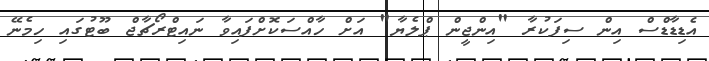
އެޑިޑާޑްސް އިން ސިފަކުރާ "އިންޖީން ޕްލެޔާ" އަށް ހާއްސަކޮށްފައިވާ ނައިޓްރޯޗާޖް ބޫޓުގައި ހިމެނޭ